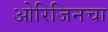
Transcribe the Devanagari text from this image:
ओरिजिनचा